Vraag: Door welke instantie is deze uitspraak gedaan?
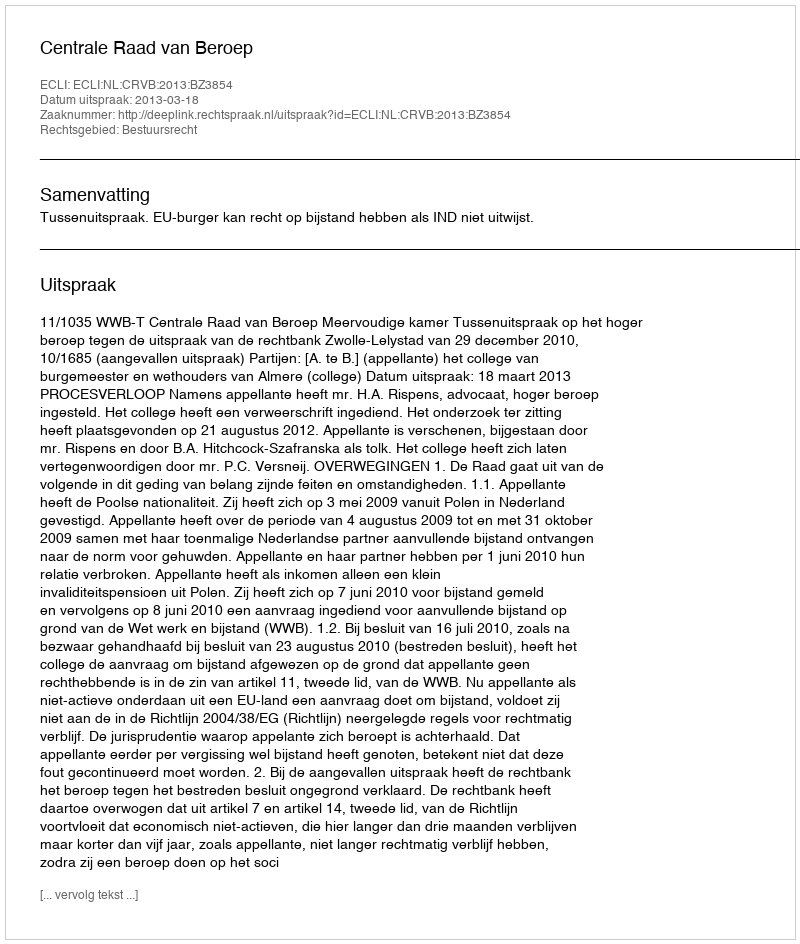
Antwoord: Centrale Raad van Beroep